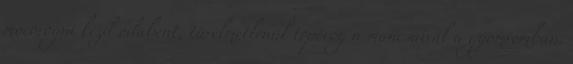
mocorogni kezd odabent, türelmetlenül toporog a mancsaival a gyomromban.